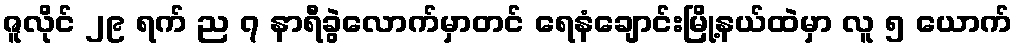
ဇူလိုင် ၂၉ ရက် ည ၇ နာရီခွဲလောက်မှာတင် ရေနံချောင်းမြို့နယ်ထဲမှာ လူ ၅ ယောက်